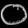
Digit: ၀